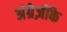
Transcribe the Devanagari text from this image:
अंग्रेज़ोंके